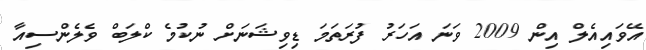
އޭވައިއެލް އިން 2009 ވަނަ އަހަރު ފުރަތަމަ ޑިވިޝަނަށް ނުކުމެ ކްލަބް ވެލެންސިއާ